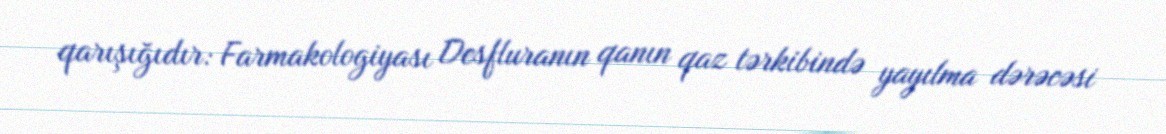
qarışığıdır: Farmakologiyası Desfluranın qanın qaz tərkibində yayılma dərəcəsi